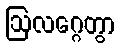
ဩလဂ္ဂေတွာ